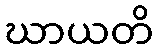
ဃာယတိ